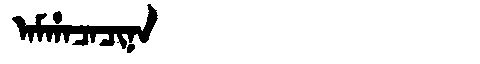
Manchu: ᠠᠮᡥᠠᠴᠠᠴᡳᠨᠠ
Romanization: AMHACACINA